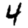
Digit: 4